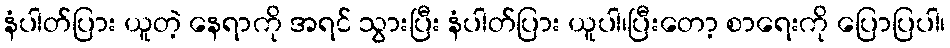
နံပါတ်ပြား ယူတဲ့ နေရာကို အရင် သွားပြီး နံပါတ်ပြား ယူပါ၊ပြီးတော့ စာရေးကို ပြောပြပါ၊